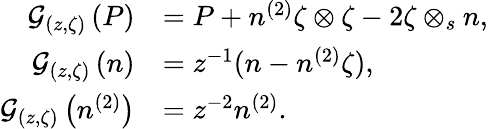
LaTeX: \begin{array}{rl}{\mathcal{G}_{(z,\zeta)}\left(P\right)}&{=P+n^{(2)}\zeta\otimes\zeta-2\zeta\otimes_{s}n,}\\ {\mathcal{G}_{(z,\zeta)}\left(n\right)}&{=z^{-1}(n-n^{(2)}\zeta),}\\ {\mathcal{G}_{(z,\zeta)}\left(n^{(2)}\right)}&{=z^{-2}n^{(2)}.}\end{array}